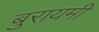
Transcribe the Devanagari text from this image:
बुरायमी